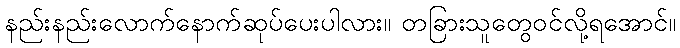
နည်းနည်းလောက်နောက်ဆုပ်ပေးပါလား။ တခြားသူတွေဝင်လို့ရအောင်။